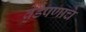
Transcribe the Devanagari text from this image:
वेडेपणाचे